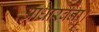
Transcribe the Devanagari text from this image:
आधारबना।